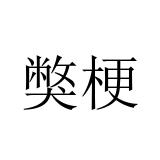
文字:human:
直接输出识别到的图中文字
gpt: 獘梗